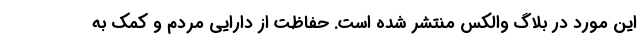
این مورد در بلاگ والکس منتشر شده است. حفاظت از دارایی مردم و کمک به